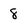
Character: 8